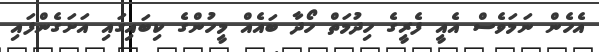
އެހެން ނަމަވެސް އެއީ ފެރީގެ ހިދުމަތް ހޯދާ ބައެއް މީހުންގެ ކިބައިގައި އަށަގެންފައި